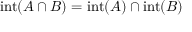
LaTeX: \operatorname { i n t } ( A \cap B ) = \operatorname { i n t } ( A ) \cap \operatorname { i n t } ( B )